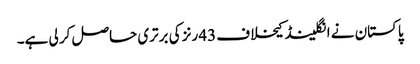
پاکستان نے انگلینڈ کیخلاف 43 رنز کی برتری حاصل کر لی ہے۔